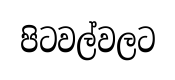
පිටවල්වලට